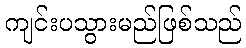
ကျင်းပသွားမည်ဖြစ်သည်